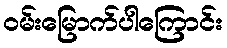
ဝမ်းမြောက်ပါကြောင်း